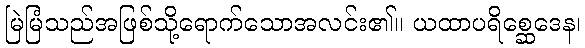
မြဲမြံသည်အဖြစ်သို့ရောက်သောအလင်း၏။ ယထာပရိစ္ဆေဒေန၊